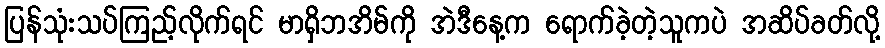
ပြန်သုံးသပ်ကြည့်လိုက်ရင် မာရှိဘအိမ်ကို အဲဒီနေ့က ရောက်ခဲ့တဲ့သူကပဲ အဆိပ်ခတ်လို့